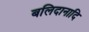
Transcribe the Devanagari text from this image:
बलिदानादि